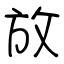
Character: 放